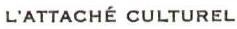
L'ATTACHÉ CULTUREL